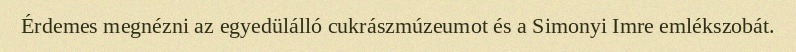
Érdemes megnézni az egyedülálló cukrászmúzeumot és a Simonyi Imre emlékszobát.